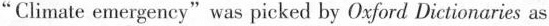
"Climate emergency"was picked by Oxford Dictionaries as